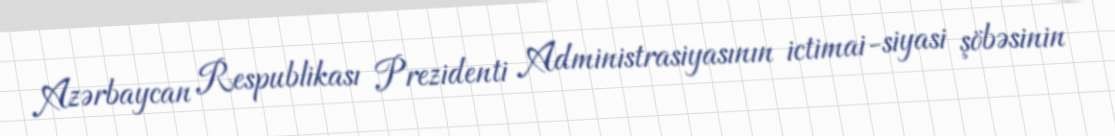
Azərbaycan Respublikası Prezidenti Administrasiyasının ictimai-siyasi şöbəsinin